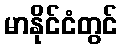
မာနိုင်ငံတွင်